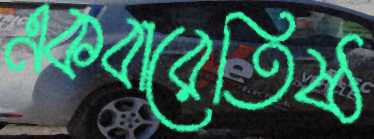
একবারেতিষ্ঠ